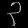
Digit: ၃